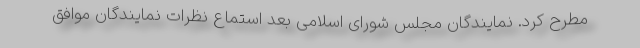
مطرح کرد. نمایندگان مجلس شورای اسلامی بعد استماع نظرات نمایندگان موافق